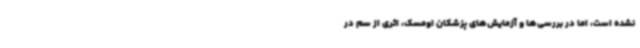
نشده است، اما در بررسی‌ها و آزمایش‌های پزشکان اومسک، اثری از سم در